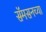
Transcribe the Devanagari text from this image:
सॅमसनच्या